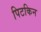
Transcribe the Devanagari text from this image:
पिटकिन